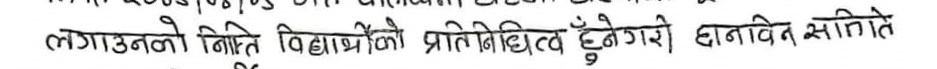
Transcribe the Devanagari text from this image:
लगाउनको निम्ति विद्यार्थीको प्रतिनिधित्व हुनेगरी छानविन समितते